Lock hospitals Punjab
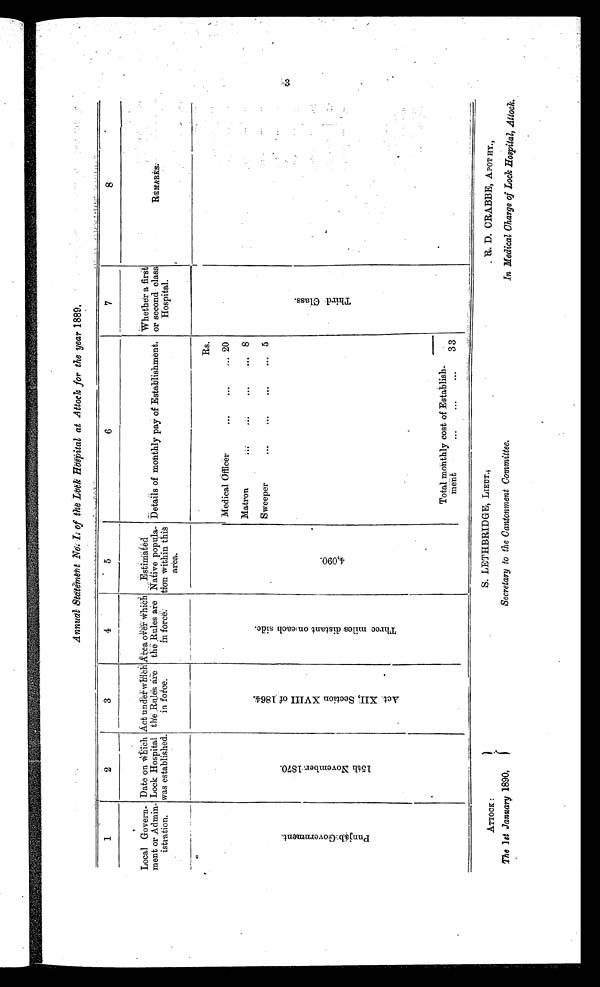
ATTOCK :
The 1 st January 1890,
S. LETHBRIDGE, LIEUT.;
Secretary to the Cantonment Committee.
R. D. CRABBE, APOT HY.,
In Medical Charge of Lock Hospital, Attock.
Annual Statement No.I. of the Lock Hospital at Attock for the year 1889.
1
2
3
4
5
6
7
8
.
Local Govern-
ment or Admin-
istration.
Date on which
Lock Hospital
was established.
Act under which
the Rules are
in force.
Area over which
the Rules are
in force.
Estimates
Native popula-
tion within this
area.
Details of monthly pay of Establishment.
Whether a first
or second class
Hospital.
RE
M A R K S .
P u n j a b G o v e r n m e n t .
1 5 t h N o v e m b e r 1 8 7 0 .
A c t X I I , S e c t i o n X V I I I o f 1 8 6 4 .
T h r e e m i l e s d i s t a n t o n e a c h s i d e .
4 , 0 9 0 .
Rs.
T h i r e d c l a s s
Medical Officer
...
...
... 20
Matron
...
...
... 8
Sweeper
...
• •'
...
. . .
5
Total monthly cost of Establish-
ment
...
...
...
33